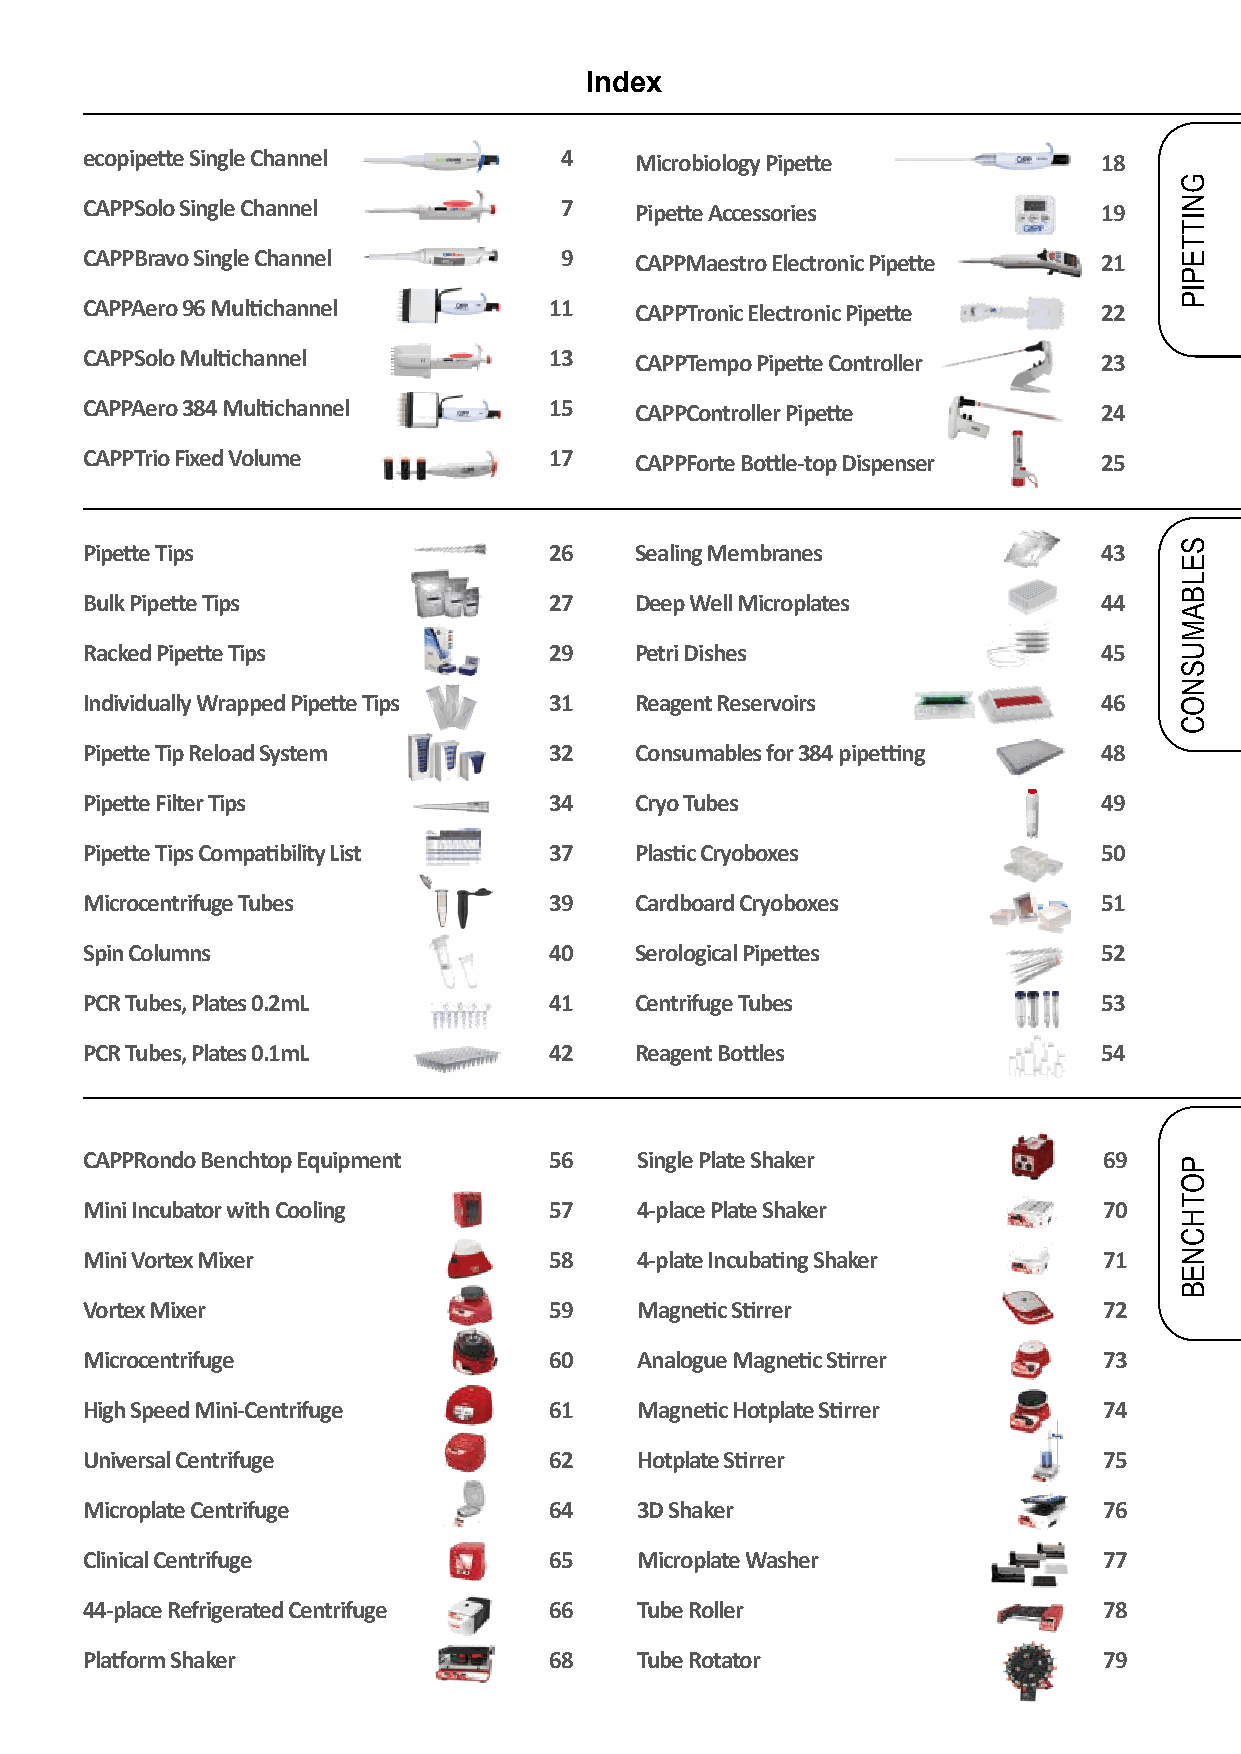
Index
 ecopipette Single Channel       4    Microbiology Pipette           18
 CAPPSolo Single Channel         7    Pipette Accessories            19
 CAPPBravo Single Channel        9    CAPPMaestro Electronic Pipette 21
 CAPPAero 96 Multichannel       11    CAPPTronic Electronic Pipette  22
 CAPPSolo Multichannel          13    CAPPTempo Pipette Controller   23
 CAPPAero 384 Multichannel      15    CAPPController Pipette         24
 CAPPTrio Fixed Volume          17    CAPPForte Bottle-top Dispenser 25
 Pipette Tips                   26    Sealing Membranes              43
 Bulk Pipette Tips              27    Deep Well Microplates          44
 Racked Pipette Tips            29    Petri Dishes                   45
 Individually Wrapped Pipette Tips 31 Reagent Reservoirs             46
 Pipette Tip Reload System      32    Consumables for 384 pipetting  48
 Pipette Filter Tips            34    Cryo Tubes                     49
 Pipette Tips Compatibility List 37   Plastic Cryoboxes              50
 Microcentrifuge Tubes          39    Cardboard Cryoboxes            51
 Spin Columns                   40    Serological Pipettes           52
 PCR Tubes, Plates 0.2mL        41    Centrifuge Tubes               53
 PCR Tubes, Plates 0.1mL        42    Reagent Bottles                54
 CAPPRondo Benchtop Equipment   56    Single Plate Shaker            69
 Mini Incubator with Cooling    57    4-place Plate Shaker           70
 Mini Vortex Mixer              58    4-plate Incubating Shaker      71
 Vortex Mixer                   59    Magnetic Stirrer               72
 Microcentrifuge                60    Analogue Magnetic Stirrer      73
 High Speed Mini-Centrifuge     61    Magnetic Hotplate Stirrer      74
 Universal Centrifuge           62    Hotplate Stirrer               75
 Microplate Centrifuge          64    3D Shaker                      76
 Clinical Centrifuge            65    Microplate Washer              77
 44-place Refrigerated Centrifuge 66  Tube Roller                    78
 Platform Shaker                68    Tube Rotator                   79
 GNITTEPIP
 SELBAMUSNOC
 POTHCNEB